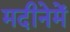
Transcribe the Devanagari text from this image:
मदीनेमें